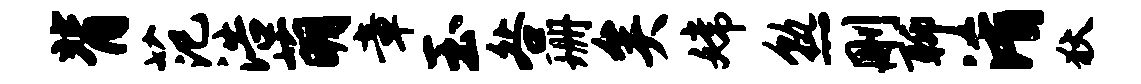
背范浩萌章玉咎珊矣嫦熟删聊淆狄